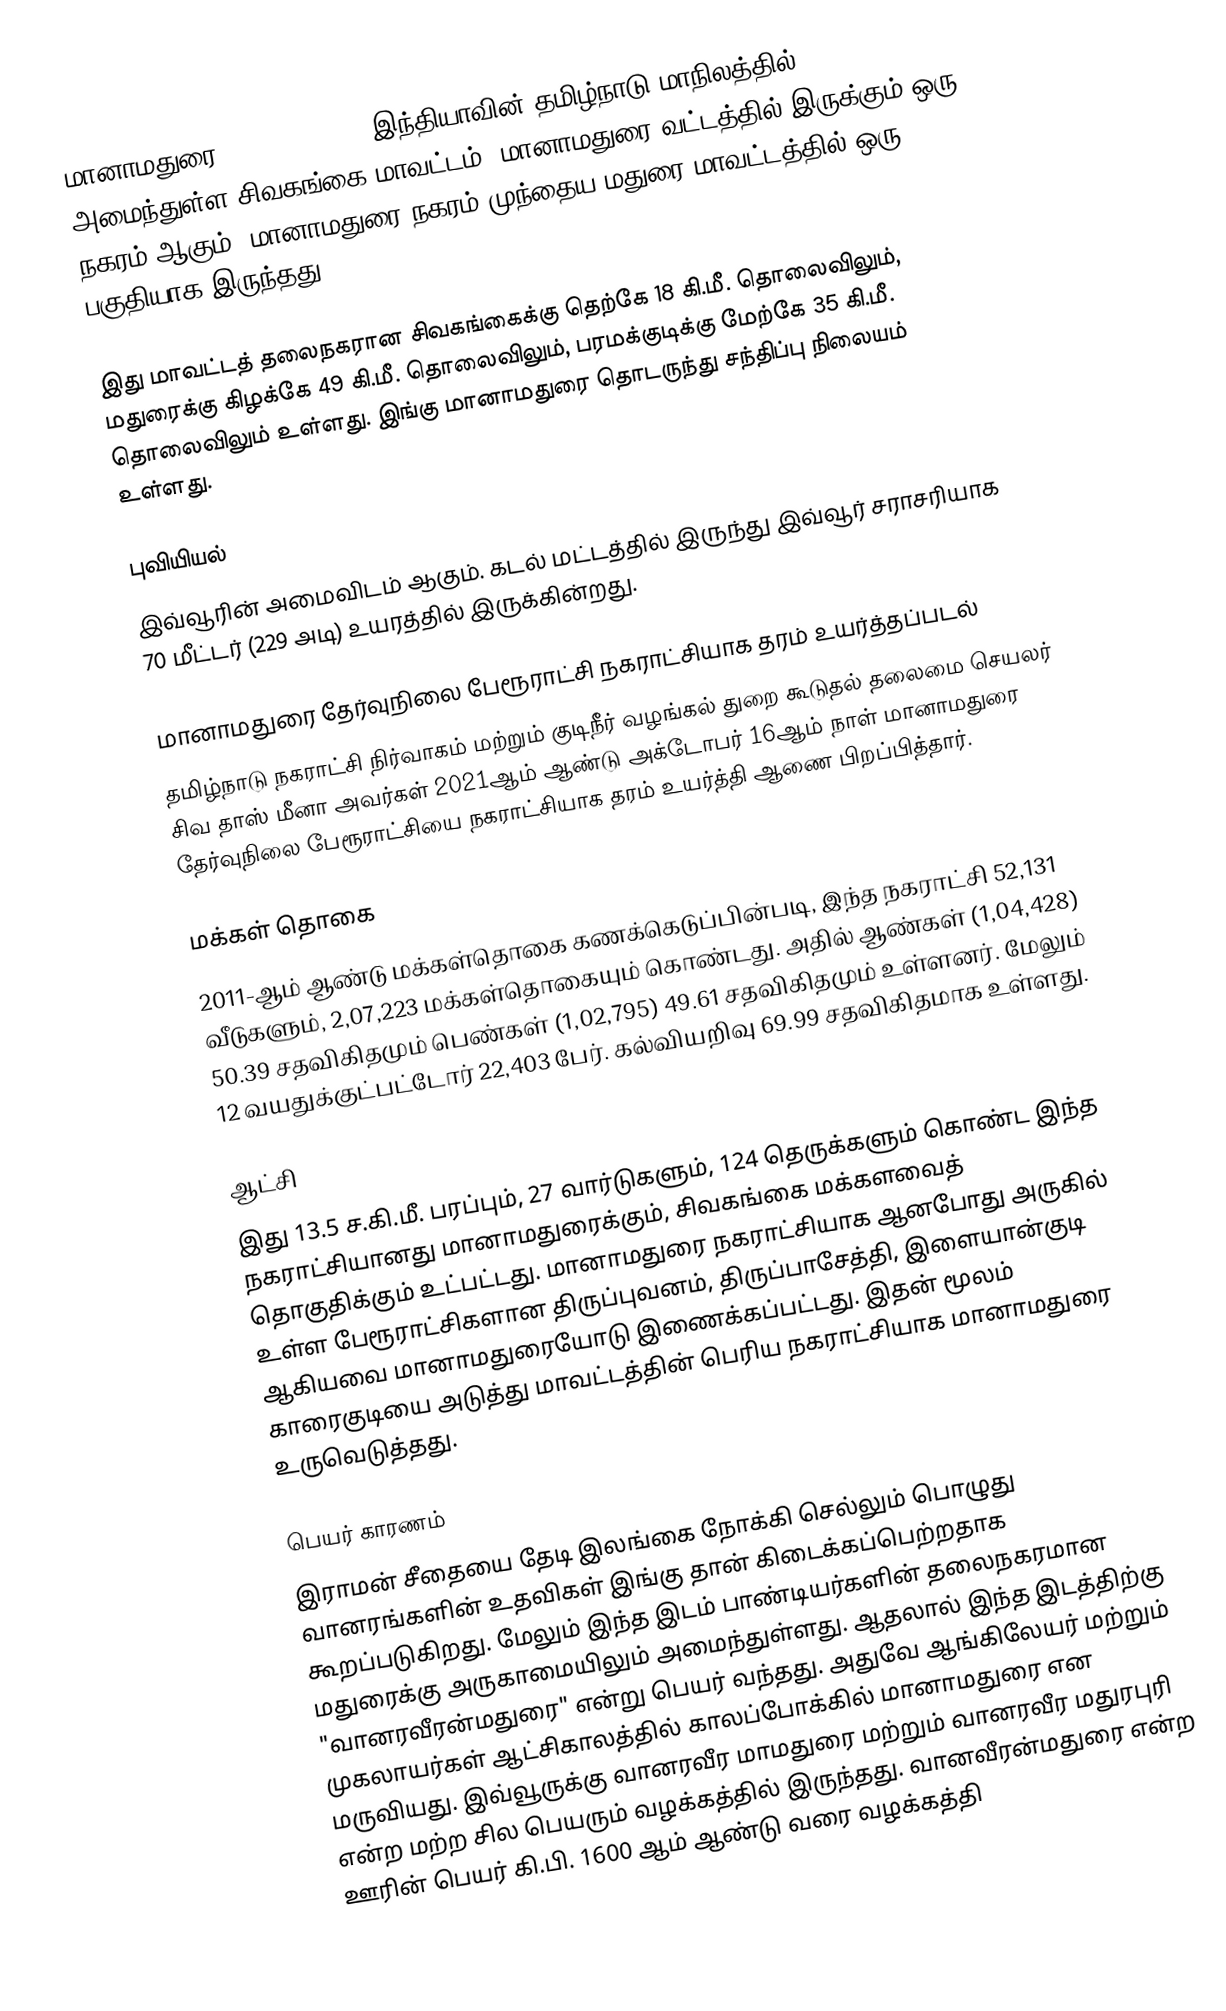
மானாமதுரை (Manamadurai), இந்தியாவின் தமிழ்நாடு மாநிலத்தில் அமைந்துள்ள சிவகங்கை மாவட்டம், மானாமதுரை வட்டத்தில் இருக்கும் ஒரு நகரம் ஆகும். மானாமதுரை நகரம் முந்தைய மதுரை மாவட்டத்தில் ஒரு பகுதியாக இருந்தது.

இது மாவட்டத் தலைநகரான சிவகங்கைக்கு தெற்கே 18 கி.மீ. தொலைவிலும், மதுரைக்கு கிழக்கே 49 கி.மீ. தொலைவிலும், பரமக்குடிக்கு மேற்கே 35 கி.மீ. தொலைவிலும் உள்ளது. இங்கு மானாமதுரை தொடருந்து சந்திப்பு நிலையம் உள்ளது.

புவியியல்
இவ்வூரின் அமைவிடம்  ஆகும். கடல் மட்டத்தில் இருந்து இவ்வூர் சராசரியாக 70 மீட்டர் (229 அடி) உயரத்தில் இருக்கின்றது.

மானாமதுரை தேர்வுநிலை பேரூராட்சி நகராட்சியாக தரம் உயர்த்தப்படல்
தமிழ்நாடு நகராட்சி நிர்வாகம் மற்றும் குடிநீர் வழங்கல் துறை கூடுதல் தலைமை செயலர் சிவ தாஸ் மீனா அவர்கள் 2021ஆம் ஆண்டு அக்டோபர் 16ஆம் நாள் மானாமதுரை தேர்வுநிலை பேரூராட்சியை நகராட்சியாக தரம் உயர்த்தி ஆணை பிறப்பித்தார்.

மக்கள் தொகை
2011-ஆம் ஆண்டு மக்கள்தொகை கணக்கெடுப்பின்படி, இந்த நகராட்சி 52,131 வீடுகளும், 2,07,223  மக்கள்தொகையும் கொண்டது. அதில் ஆண்கள் (1,04,428) 50.39 சதவிகிதமும் பெண்கள் (1,02,795) 49.61 சதவிகிதமும் உள்ளனர். மேலும் 12 வயதுக்குட்பட்டோர் 22,403 பேர். கல்வியறிவு 69.99 சதவிகிதமாக உள்ளது.

ஆட்சி
இது 13.5 ச.கி.மீ. பரப்பும்,  27 வார்டுகளும், 124 தெருக்களும் கொண்ட  இந்த  நகராட்சியானது  மானாமதுரைக்கும், சிவகங்கை மக்களவைத் தொகுதிக்கும் உட்பட்டது. மானாமதுரை நகராட்சியாக ஆனபோது அருகில் உள்ள பேரூராட்சிகளான திருப்புவனம், திருப்பாசேத்தி, இளையான்குடி ஆகியவை மானாமதுரையோடு இணைக்கப்பட்டது. இதன் மூலம் காரைகுடியை அடுத்து மாவட்டத்தின் பெரிய நகராட்சியாக மானாமதுரை உருவெடுத்தது.

பெயர் காரணம்
இராமன் சீதையை தேடி இலங்கை நோக்கி செல்லும் பொழுது வானரங்களின் உதவிகள் இங்கு தான் கிடைக்கப்பெற்றதாக கூறப்படுகிறது. மேலும் இந்த இடம் பாண்டியர்களின் தலைநகரமான மதுரைக்கு அருகாமையிலும் அமைந்துள்ளது. ஆதலால் இந்த இடத்திற்கு "வானரவீரன்மதுரை" என்று பெயர் வந்தது. அதுவே ஆங்கிலேயர் மற்றும் முகலாயர்கள் ஆட்சிகாலத்தில் காலப்போக்கில் மானாமதுரை என மருவியது. இவ்வூருக்கு வானரவீர மாமதுரை மற்றும் வானரவீர மதுரபுரி என்ற மற்ற சில பெயரும் வழக்கத்தில் இருந்தது. வானவீரன்மதுரை என்ற ஊரின் பெயர் கி.பி. 1600 ஆம் ஆண்டு வரை வழக்கத்தி